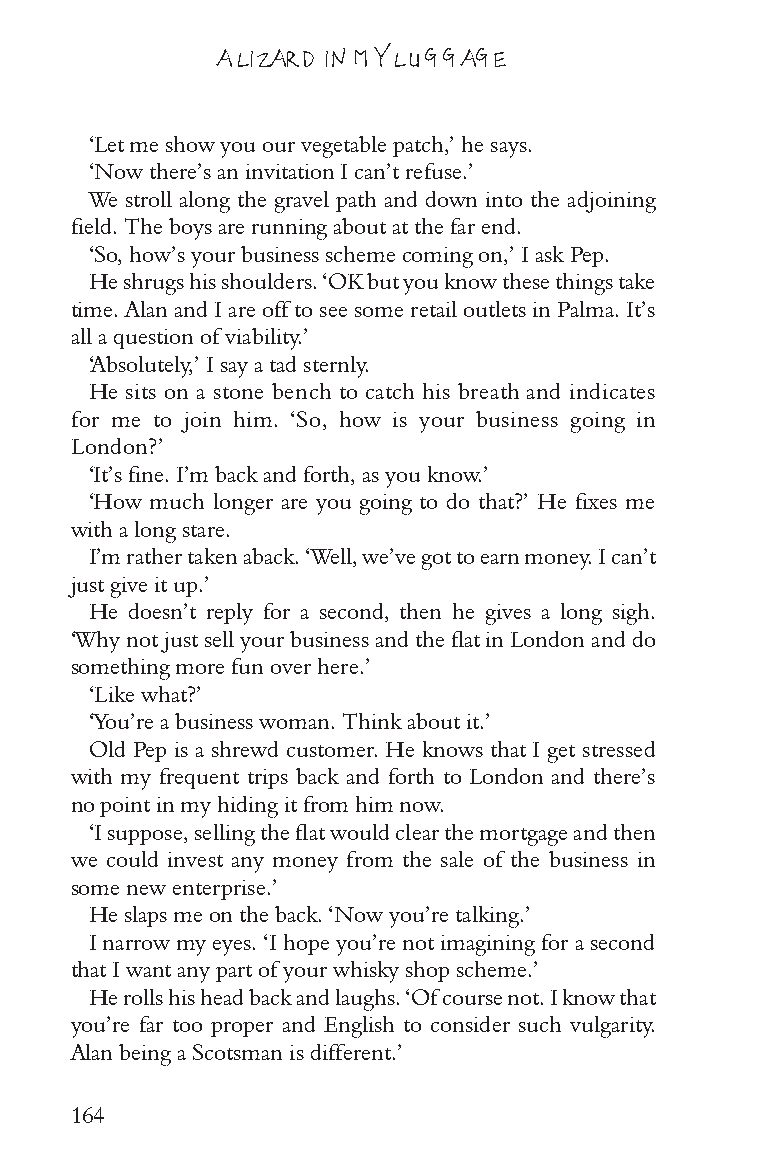
A LIZARD IN MY LUGGAGE
 ‘Let me show you our vegetable patch,’ he says.
 ‘Now there’s an invitation I can’t refuse.’
 We stroll along the gravel path and down into the adjoining
 field. The boys are running about at the far end.
 ‘So, how’s your business scheme coming on,’ I ask Pep.
 He shrugs his shoulders. ‘OK but you know these things take
 time. Alan and I are off to see some retail outlets in Palma. It’s
 all a question of viability.’
 ‘Absolutely,’ I say a tad sternly.
 He sits on a stone bench to catch his breath and indicates
 for me to join him. ‘So, how is your business going in
 London?’
 ‘It’s fine. I’m back and forth, as you know.’
 ‘How much longer are you going to do that?’ He fixes me
 with a long stare.
 I’m rather taken aback. ‘Well, we’ve got to earn money. I can’t
 just give it up.’
 He doesn’t reply for a second, then he gives a long sigh.
 ‘Why not just sell your business and the flat in London and do
 something more fun over here.’
 ‘Like what?’
 ‘You’re a business woman. Think about it.’
 Old Pep is a shrewd customer. He knows that I get stressed
 with my frequent trips back and forth to London and there’s
 no point in my hiding it from him now.
 ‘I suppose, selling the flat would clear the mortgage and then
 we could invest any money from the sale of the business in
 some new enterprise.’
 He slaps me on the back. ‘Now you’re talking.’
 I narrow my eyes. ‘I hope you’re not imagining for a second
 that I want any part of your whisky shop scheme.’
 He rolls his head back and laughs. ‘Of course not. I know that
 you’re far too proper and English to consider such vulgarity.
 Alan being a Scotsman is different.’
 164